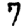
Digit: 7